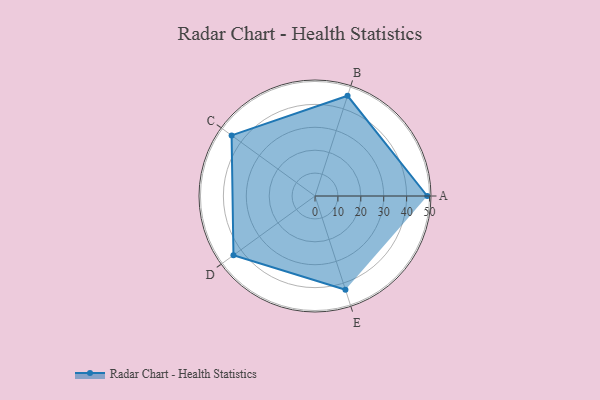
{"axis": {"x": "Skill", "y": "Score"}, "legend": ["Profile"], "data": [{"x": "A", "y": 49.0, "type": "Profile"}, {"x": "B", "y": 46.0, "type": "Profile"}, {"x": "C", "y": 45.0, "type": "Profile"}, {"x": "D", "y": 44.0, "type": "Profile"}, {"x": "E", "y": 43.0, "type": "Profile"}]}